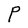
Character: P